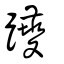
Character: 躨